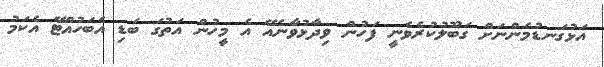
އަޅުގަނޑުމެންނަށް ގަބޫލުކުރެވެނީ ފަހުން ވިދާޅުވާނެއޭ އެ މީހުން އަތުގަ ބަޑި އެބަހުއްޓޭ އެކަމު